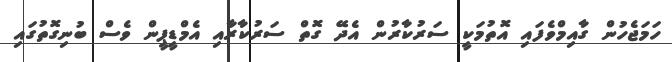
ހަމަޖެހުން ގާއިމްވެފައި އޮތުމަކީ ސަރުކާރުން އެދޭ ގޮތް ސަރުކާރާއި އެމްޑީޕީން ވެސް ބުނިގޮތުގައި